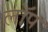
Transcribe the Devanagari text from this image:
लॉप